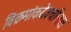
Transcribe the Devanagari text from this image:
विक्रमांकदेवचरितात